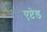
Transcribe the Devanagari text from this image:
एप्टेड